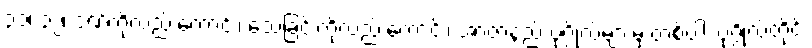
၃၁၊ ၃၂၊ ဒဏ်ကိုလည်းကောင်း၊ သေခြင်းကိုလည်းကောင်း၊ အာဇာနည် ပုဂ္ဂိုလ်များမှ တစ်ပါး ပုဂ္ဂိုလ်တိုင်း